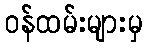
ဝန်ထမ်းများမှ